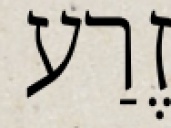
זֶרַע